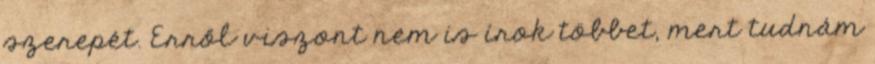
szerepét. Erről viszont nem is írok többet, mert tudnám